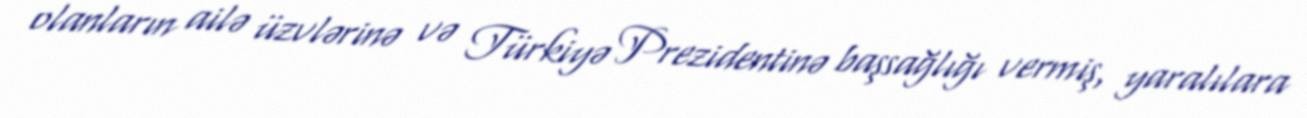
olanların ailə üzvlərinə və Türkiyə Prezidentinə başsağlığı vermiş, yaralılara